Civil Veterinary Department Bihar reports 1940-50 - 1940-1950
Year: 1940
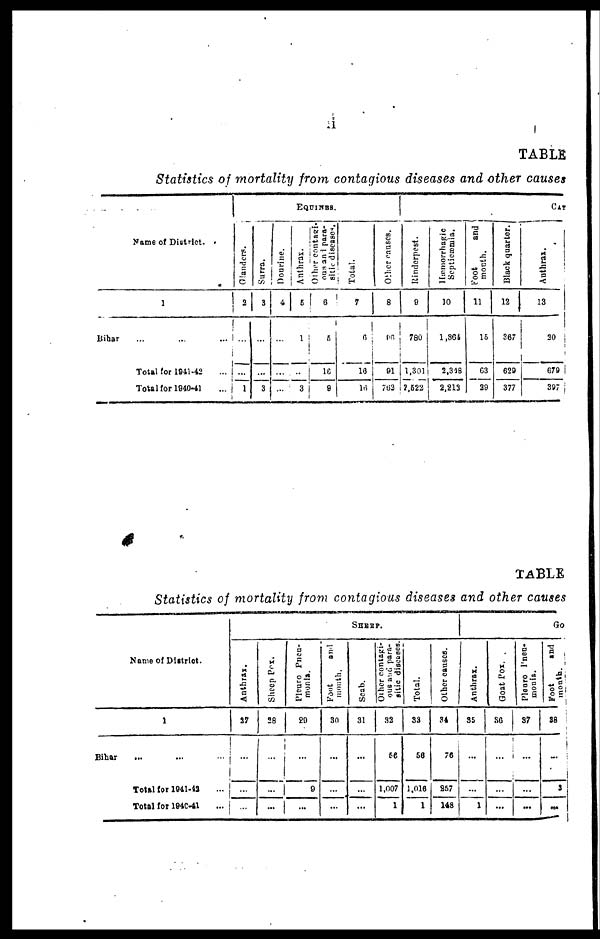
II
TABLE
Statistics of mortality from contagious diseases and other causes
Bihar
Name of District.
1
... ... ...
Total for 1941-42
...
Total for 1940-41
...
EQUINES.
Glanders.
2
...
...
1
Surra.
3
...
...
3
Dourine.
4
...
...
...
Anthrax.
5
1
..
3
Other contagi-
ous and para-
sitic diseases.
6
5
16
9
Total.
7
6
16
16
Other causes.
8
86
91
702
CAT
Rinderpest.
9
780
1.301
2,622
Hæmorrhagic
Septicæmia.
10
1,364
2,318
2,213
foot
and
month.
11
15
63
28
Black quarter.
12
367
629
377
Anthrax.
13
20
678
397
TABLE
Statistics of mortality from contagious diseases and other causes
Bihar
Name of District.
1
... ... ...
Total for 1941-42 ...
Total for 1940-41 ...
SHEEP.
Anthrax.
27
...
...
...
Sheep Pox.
28
...
...
...
Pleuro Pneu-
monia.
29
...
9
...
Foot
owl
mouth.
30
...
...
...
Scab.
31
...
...
...
Other contagi-
ous and para-
sitic diseases.
32
56
1,007
1
Total.
33
56
1,016
1
Other causes.
34
76
257
148
Go
Anthrax.
35
...
...
1
Goat Pox.
36
...
...
...
Pleuro Pneu-
monia.
37
...
...
...
Foot
and
month.
38
...
3
...